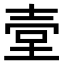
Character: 𡔪